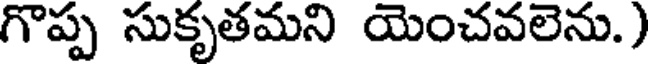
గొప్ప సుకృతమని యెంచవలెను.)